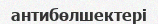
антибөлшектері